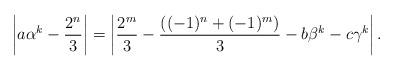
LaTeX: \begin{align*} \left| a\alpha^{k}-\frac{2^{n}}{3}\right| = \left| \frac{2^{m}}{3}-\frac{\left((-1)^{n}+(-1)^{m}\right)}{3}-b\beta^{k}-c\gamma^{k}\right|.\end{align*}